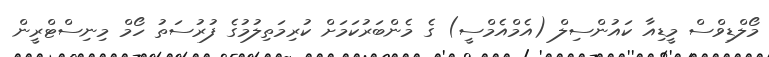
މޯލްޑިވްސް މީޑިއާ ކައުންސިލް (އެމްއެމްސީ) ގެ މެންބަރުކަމަށް ކުރިމަތިލުމުގެ ފުރުސަތު ހޯމް މިނިސްޓްރީން